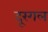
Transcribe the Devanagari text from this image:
दूरगल